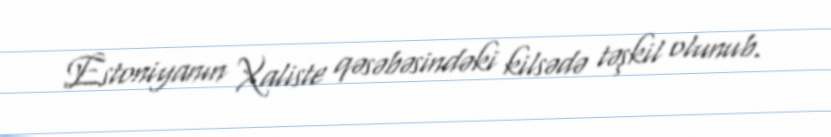
Estoniyanın Xaliste qəsəbəsindəki kilsədə təşkil olunub.